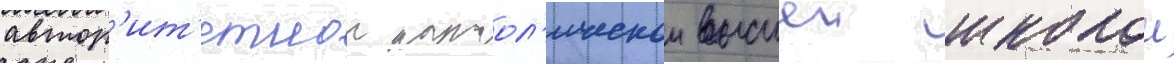
автор'ит'етнои катол'ическои высшеи школои